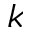
k